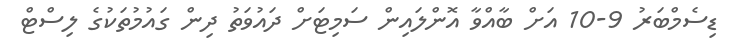
ޑިސެމްބަރު 9-10 އަށް ބާއްވާ އޮންލައިން ސަމިޓަށް ދައުވަތު ދިން ގައުމުތަކުގެ ލިސްޓް